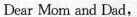
Dear Mom and Dad,